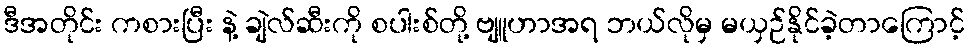
ဒီအတိုင်း ကစားပြီး နဲ့ ချဲလ်ဆီးကို စပါးစ်တို့ ဗျူဟာအရ ဘယ်လိုမှ မယှဉ်နိုင်ခဲ့တာကြောင့်